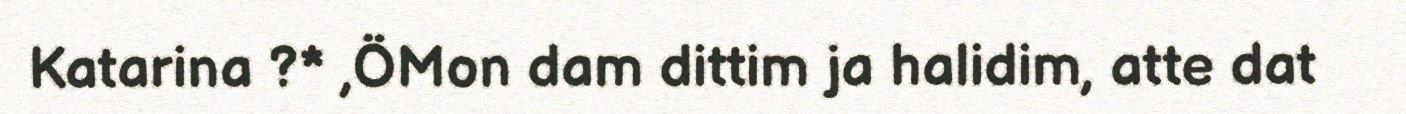
Katarina ?* ,ÖMon dam dittim ja halidim, atte dat